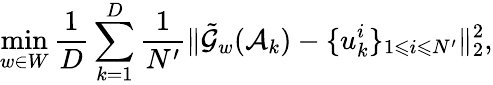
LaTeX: \operatorname*{min}_{w\in W}\frac{1}{D}\sum_{k=1}^{D}\frac{1}{N^{\prime}}\| \tilde{\mathcal{G}}_{w}(\mathcal{A}_{k})-\{ u_{k}^{i}\} _{1\leqslant i\leqslant N^{\prime}}\| _{2}^{2},